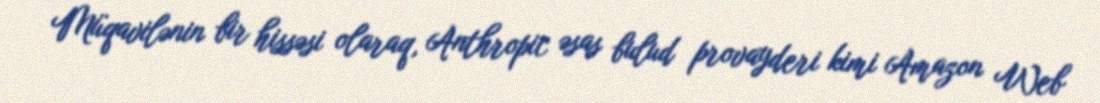
Müqavilənin bir hissəsi olaraq, Anthropic əsas bulud provayderi kimi Amazon Web